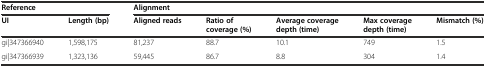
<table><thead><tr><td colspan="2"><b>Reference</b></td><td colspan="5"><b>Alignment</b></td></tr><tr><td><b>UI</b></td><td><b>Length (bp)</b></td><td><b>Aligned reads</b></td><td><b>Ratio of coverage (%)</b></td><td><b>Average coverage depth (time)</b></td><td><b>Max coverage depth (time)</b></td><td><b>Mismatch (%)</b></td></tr></thead><tbody><tr><td>gi|347366940</td><td>1,598,175</td><td>81,237</td><td>88.7</td><td>10.1</td><td>749</td><td>1.5</td></tr><tr><td>gi|347366939</td><td>1,323,136</td><td>59,445</td><td>86.7</td><td>8.8</td><td>304</td><td>1.4</td></tr></tbody></table>